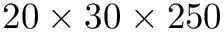
2 0 \times 3 0 \times 2 5 0